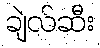
ချဲလ်ဆီး